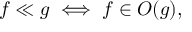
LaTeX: f \ll g \iff f \in O ( g ) ,